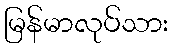
မြန်မာလုပ်သား